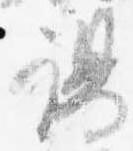
謁